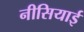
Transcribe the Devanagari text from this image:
नीसियाई